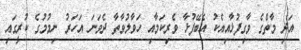
އަދި މާތްގެ ވާގިފުޅާއިއެކު އެބޭފުޅާ ވެރިކަމާއި ހަވާލުވާތާ ދެވަނަ އަހަރު ނިމުމުގެ ކުރީގައި